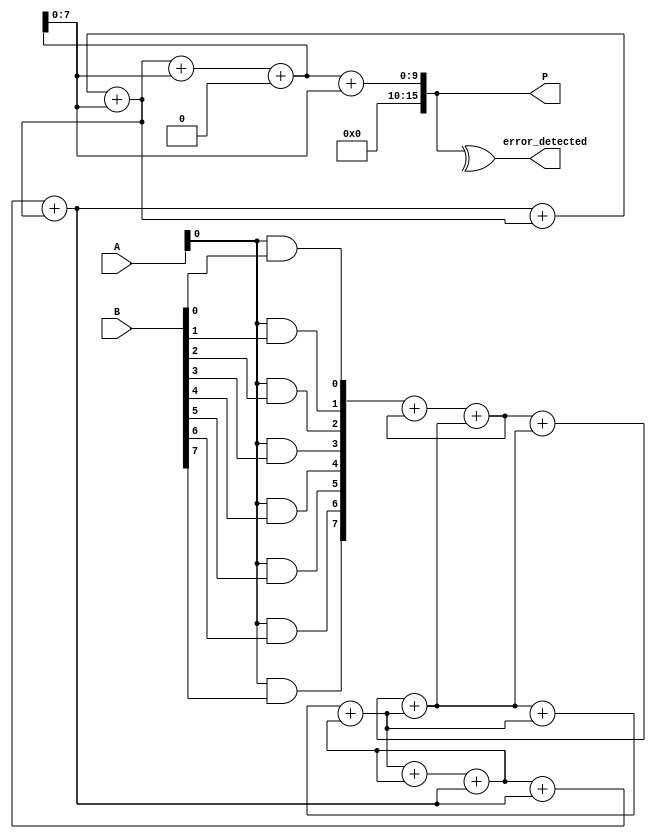
module FaultTolerantWallaceTreeMultiplier #(parameter N = 8) (
    input [N-1:0] A,
    input [N-1:0] B,
    output reg [2*N-1:0] P,
    output reg error_detected
);

    // Generate partial products
    wire [N-1:0] pp[N-1:0]; // Partial products
    genvar i, j;
    generate
        for (i = 0; i < N; i = i + 1) begin : gen_partial_products
            for (j = 0; j < N; j = j + 1) begin : and_gate
                assign pp[i][j] = A[i] & B[j];
            end
        end
    endgenerate

    // Wallace Tree Reduction
    wire [N-1:0] sum [N-1:0]; // Sums at each level
    wire [N-1:0] carry [N-1:0]; // Carries at each level

    // Initial stage: direct assignment of partial products
    assign sum[0] = pp[0];
    assign carry[0] = 0;

    // Reduction process
    genvar level;
    generate
        for (level = 0; level < N; level = level + 1) begin : reduction
            if (level < N-1) begin
                // Combine three rows into two
                wire [N-1:0] a = sum[level];
                wire [N-1:0] b = (level + 1 < N) ? sum[level + 1] : 0;
                wire [N-1:0] c = (level + 2 < N) ? sum[level + 2] : 0;

                // Full adder logic
                wire [N:0] full_adder_out;
                assign full_adder_out = a + b + c;

                assign sum[level + 1] = full_adder_out[N-1:0];
                assign carry[level + 1] = full_adder_out[N];
            end
        end
    endgenerate

    // Final addition stage
    wire [2*N-1:0] final_sum;
    assign final_sum = {carry[N-1], sum[N-1]} + {1'b0, sum[N-1]};

    // Error detection (simple parity check for demonstration)
    always @(*) begin
        error_detected = ^final_sum; // Simple parity check
        P = final_sum; // Assign product
    end

endmodule